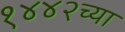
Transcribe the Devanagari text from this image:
१४४२च्या